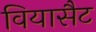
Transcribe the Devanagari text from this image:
वियासैट